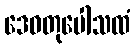
ဒေဝတုပေါသထံ